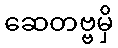
ဆေတဗ္ဗမှိ